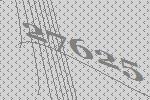
27625